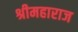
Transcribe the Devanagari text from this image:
श्रीमहाराज